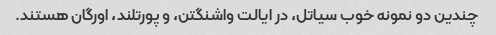
چندین دو نمونه خوب سیاتل، در ایالت واشنگتن، و پورتلند، اورگان هستند.